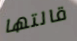
قالتها